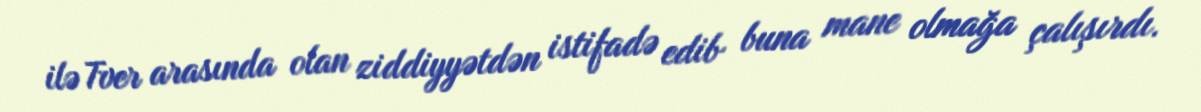
ilə Tver arasında olan ziddiyyətdən istifadə edib buna mane olmağa çalışırdı.